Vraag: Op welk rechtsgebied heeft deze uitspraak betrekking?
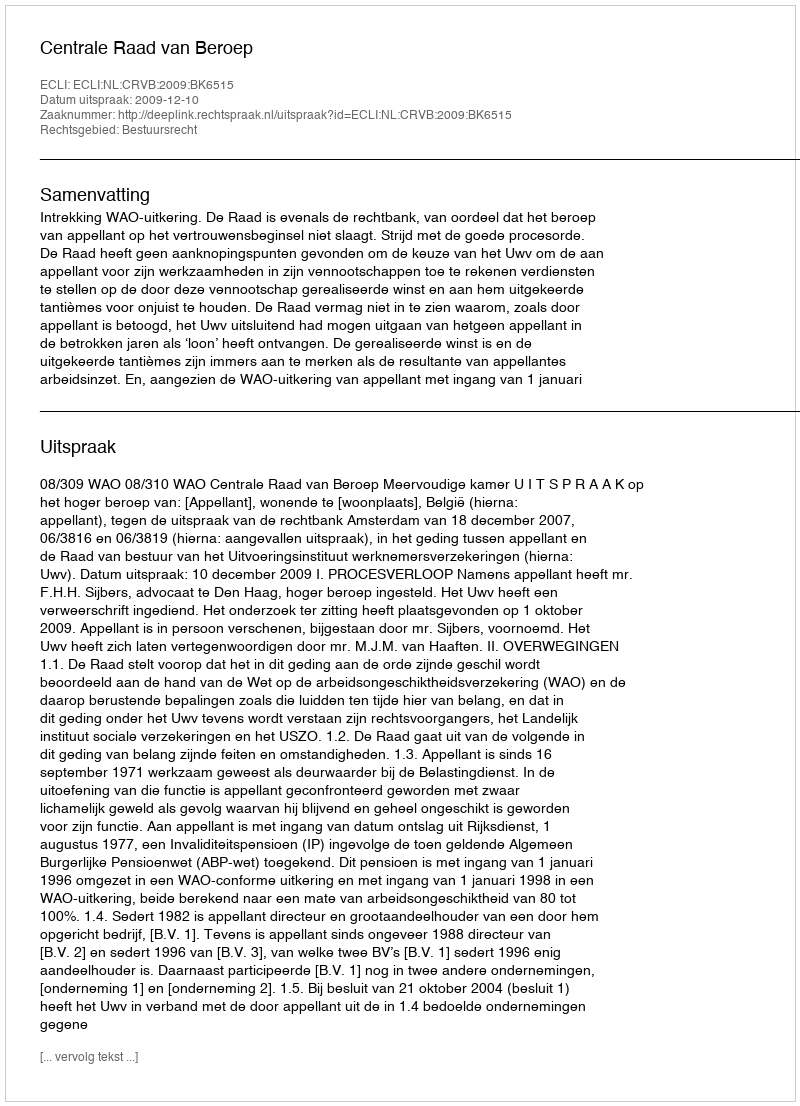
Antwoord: Bestuursrecht